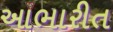
આભારીત